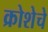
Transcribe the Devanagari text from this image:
क्रोशेचे